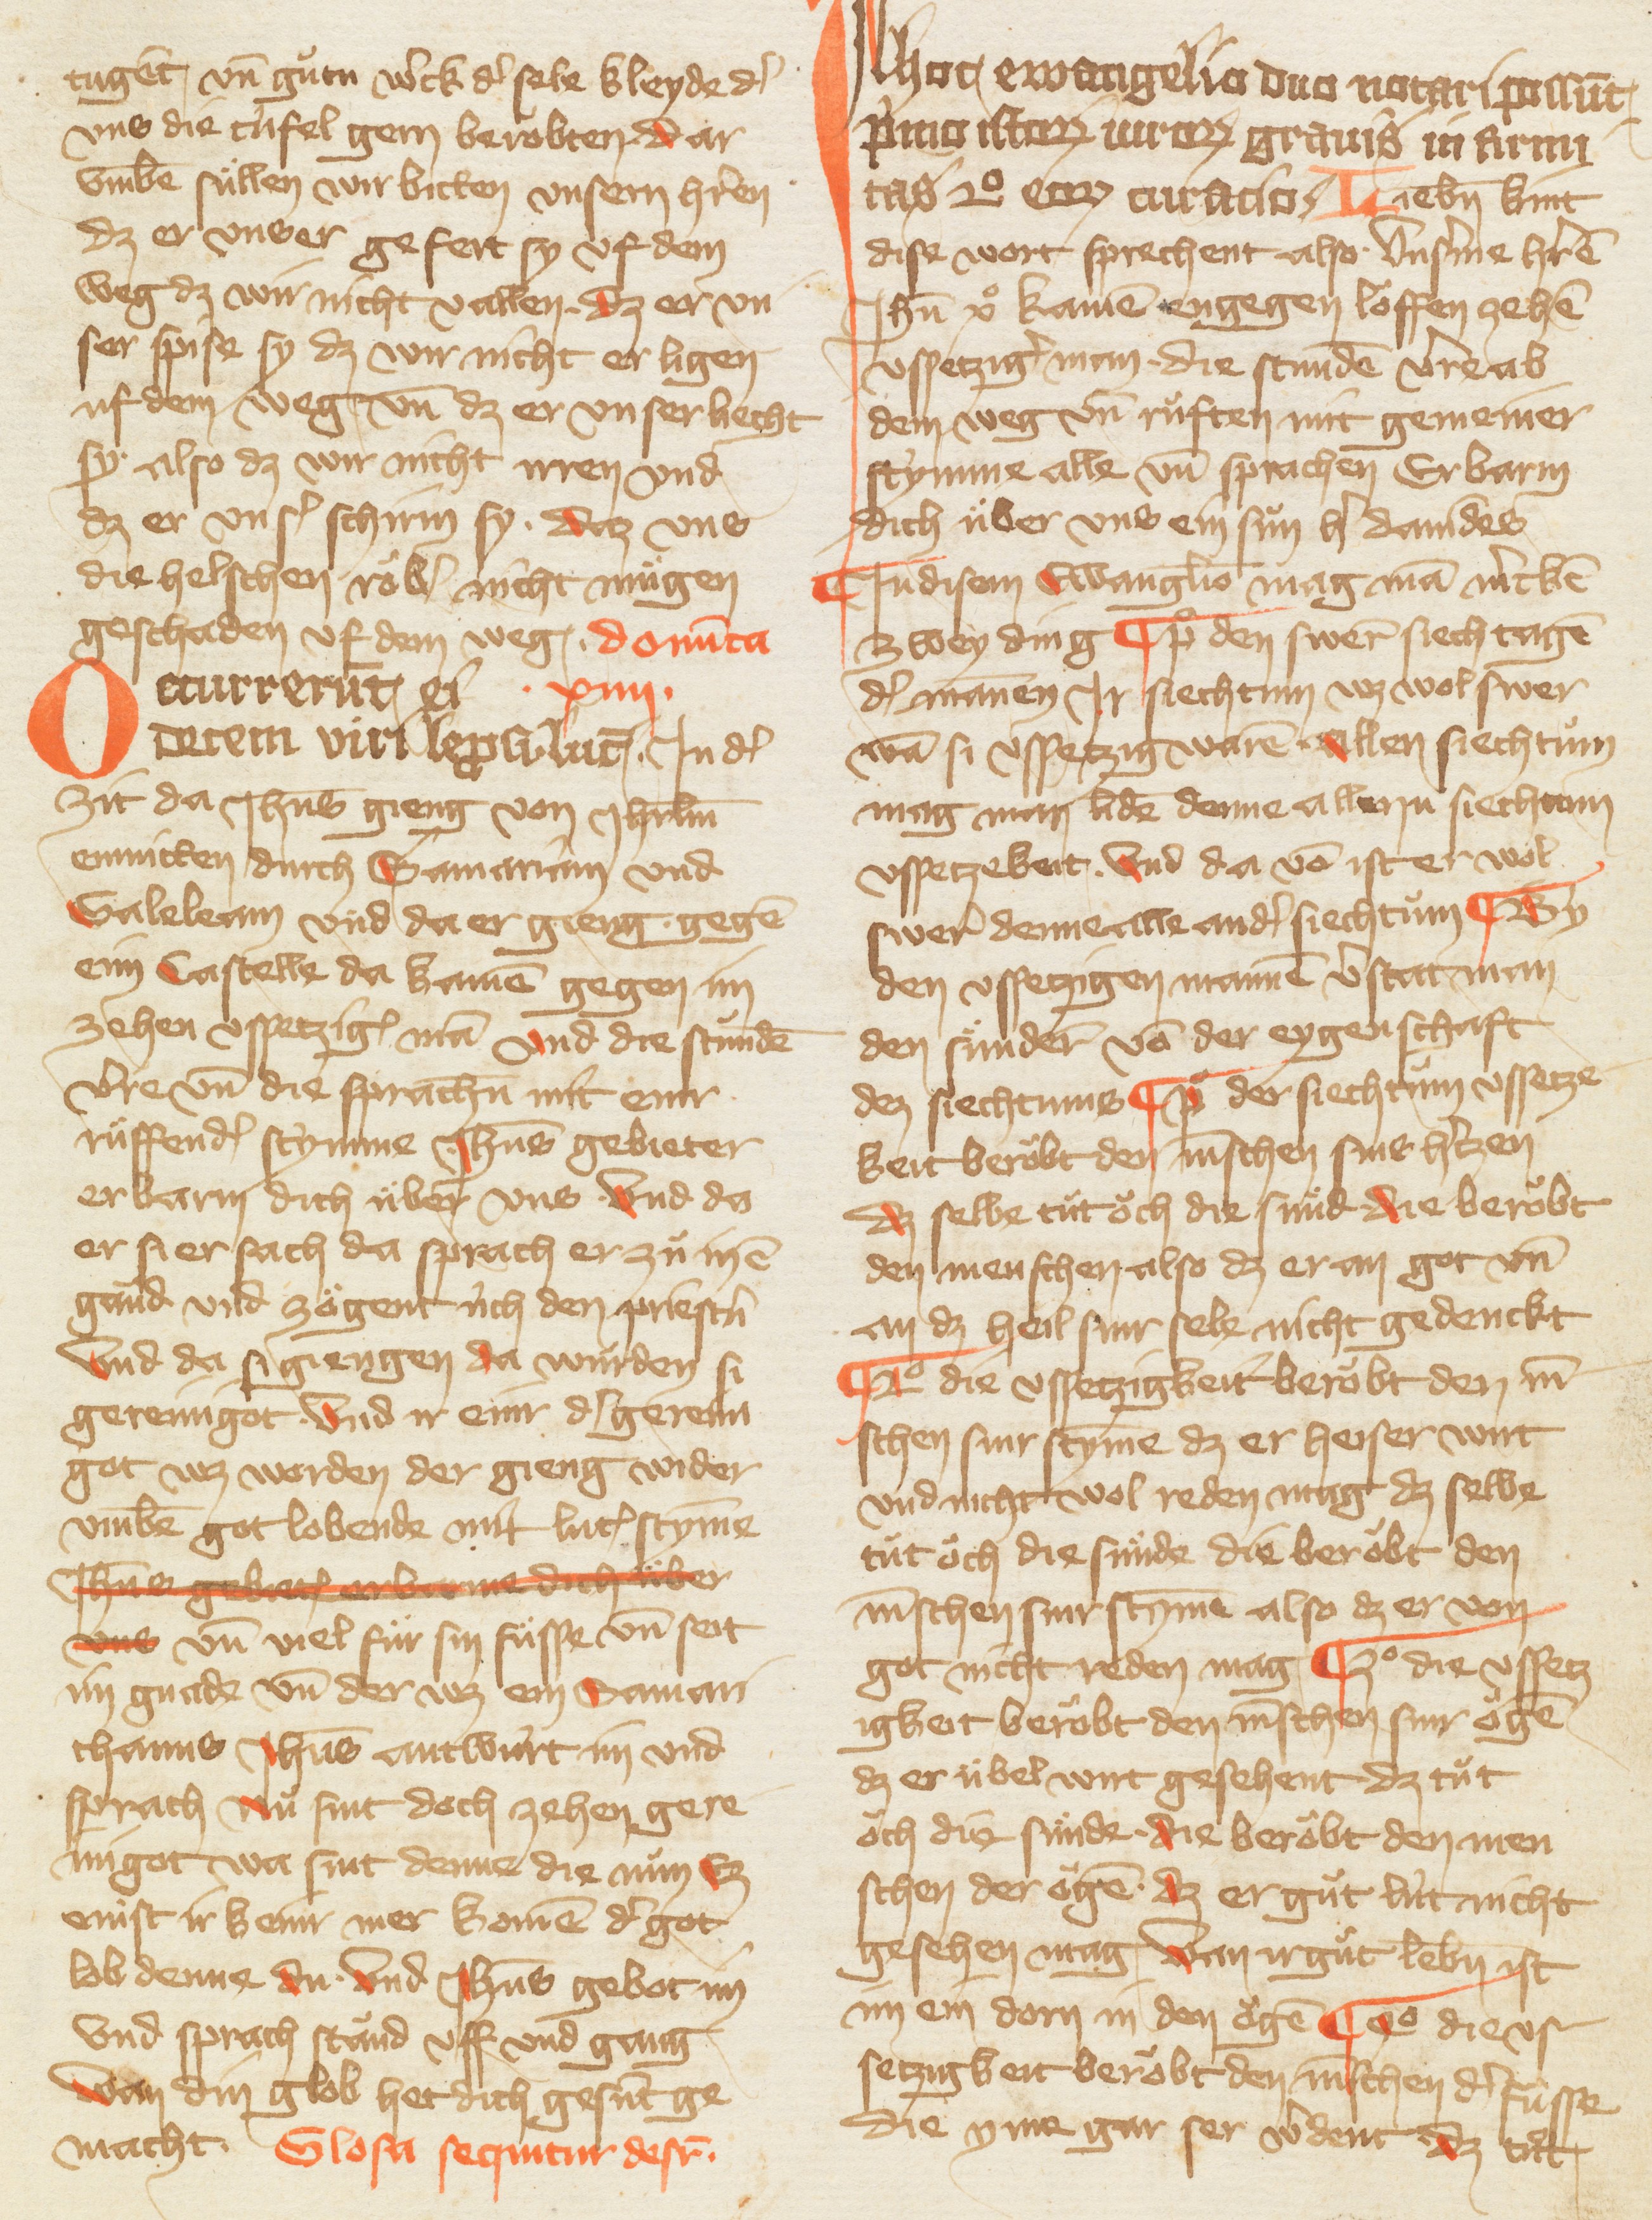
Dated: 1385–1415